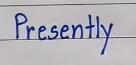
Presently